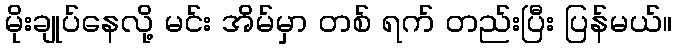
မိုးချုပ်နေလို့ မင်း အိမ်မှာ တစ် ရက် တည်းပြီး ပြန်မယ်။